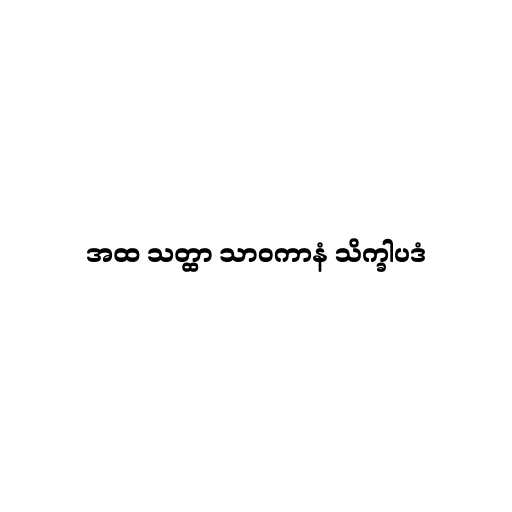
အထ သတ္ထာ သာဝကာနံ သိက္ခါပဒံ